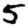
Digit: 5